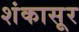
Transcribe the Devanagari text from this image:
शंकासूर